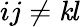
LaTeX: ij\ne\mathit{k}l